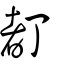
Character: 𠁂